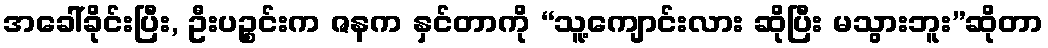
အခေါ်ခိုင်းပြီး, ဦးပဉ္စင်းက ဇနက နှင်တာကို “သူ့ကျောင်းလား ဆိုပြီး မသွားဘူး”ဆိုတာ